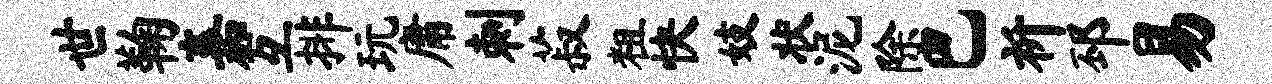
世鞠嘉互排玩庸刺菽粗快妓状泥除巴祈邳易